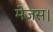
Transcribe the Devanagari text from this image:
मेजस।